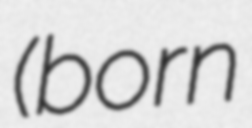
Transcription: (born